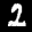
Label: 2